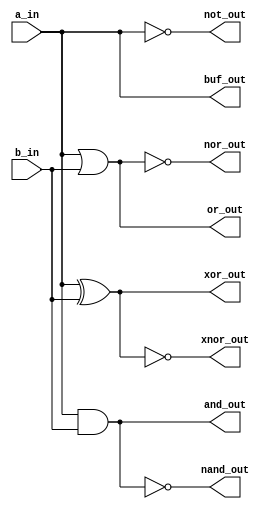
module basic_gates_gatelevel(input a_in,
                             input b_in,
                             output not_out,
                             output buf_out,
                             output and_out,
                             output or_out,
                             output nand_out,
                             output nor_out,
                             output xor_out,
                             output xnor_out);
  not   g1 (not_out, a_in);        // not  not_instantation(output, input);
  buf   g2 (buf_out, a_in);        // buf  buf_instantation(output, input);
  and   g3 (and_out, a_in, b_in);  // and  and_instantation(output, input1, input2);
  or    g4 (or_out, a_in, b_in);   // or   or_instantation(output, input1, input2);
  nand  g5 (nand_out, a_in, b_in); // nand nand_instantation(output, input1, input2);
  nor   g6 (nor_out, a_in, b_in);  // nor  nor_instantation(output, input1, input2);
  xor   g7 (xor_out, a_in, b_in);  // xor  xor_instantation(output, input1, input2);
  xnor  g8 (xnor_out, a_in, b_in); // xnor xnor_instantation(output, input1, input2);
endmodule